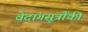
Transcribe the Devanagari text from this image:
वेदांगसूत्रौंकी